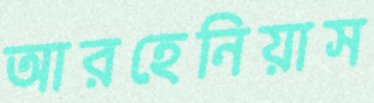
আরহেনিয়াস